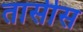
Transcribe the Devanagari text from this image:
तासीस